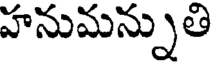
హనుమన్నుతి